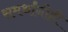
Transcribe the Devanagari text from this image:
समर्थांनीही